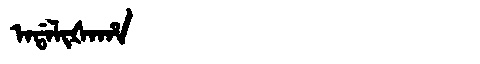
Manchu: ᠠᡩᠠᠯᡳᡧᠠᡥᠠ
Romanization: ADALIŠAHA